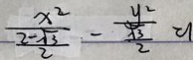
\frac { x ^ { 2 } } { \frac { 2 - \sqrt { 3 } } { 2 } } - \frac { y ^ { 2 } } { \frac { \sqrt { 3 } } { 2 } } = 1